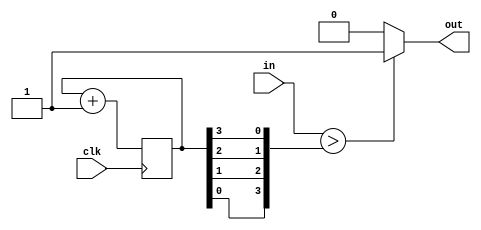
module pwm_pr(
	input wire clk,
	input wire [$clog2(period)-1:0] in,
	output wire out);
parameter period = 16;

reg [$clog2(period)-1:0] cnt = 0;
wire [$clog2(period)-1:0] mangled_cnt;

always @ (posedge clk) begin
		cnt <= cnt + 1;
end

genvar i;
generate
	for (i=0; i<$clog2(period); i=i+1) begin
		assign mangled_cnt[i] = cnt[$clog2(period)-1-i];
	end
endgenerate

assign out = (in > mangled_cnt) ? 1 : 0;

endmodule